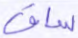
ساق